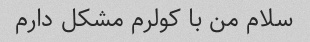
سلام من با کولرم مشکل دارم